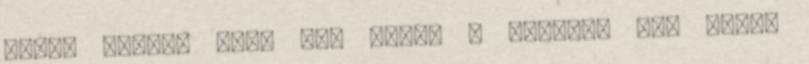
ilyen leszek mert ezt latom a tv-ben. Van tv-m,